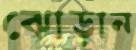
ঝোড়ান